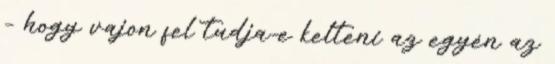
– hogy vajon fel tudja-e kelteni az egyén az